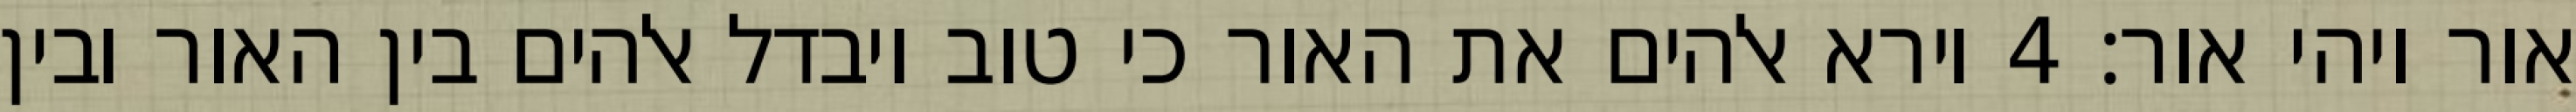
אור ויהי אור׃ ‎4‏ וירא אלהים את האור כי טוב ויבדל אלהים בין האור ובין